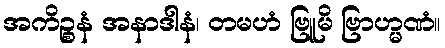
အကိဉ္စနံ အနာဒါနံ၊ တမဟံ ဗြူမိ ဗြာဟ္မဏံ။